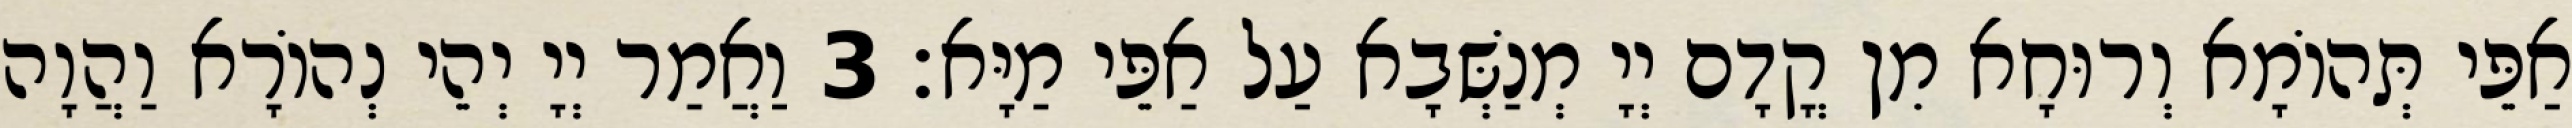
אַפֵּי תְּהוֹמָא וְרוּחָא מִן קֳדָם יְיָ מְנַשְּׁבָא עַל אַפֵּי מַיָּא׃ 3 וַאֲמַר יְיָ יְהֵי נְהוֹרָא וַהֲוָה